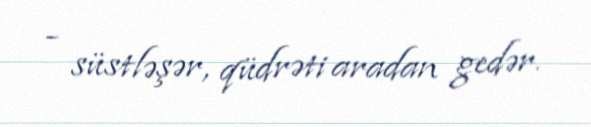
- süstləşər, qüdrəti aradan gedər.